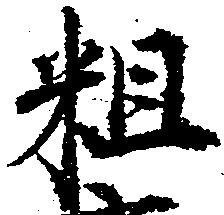
粗